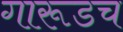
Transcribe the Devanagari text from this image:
गारूडच